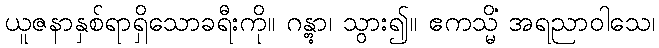
ယူဇနာနှစ်ရာရှိသောခရီးကို။ ဂန္တွာ၊ သွား၍။ ဧကသ္မိံ အရညာဝါသေ၊